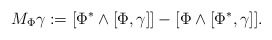
\begin{align*}M_\Phi\gamma:=[\Phi^{\ast}\wedge[\Phi,\gamma]] - [ \Phi \wedge [ \Phi^*,\gamma]].\end{align*}